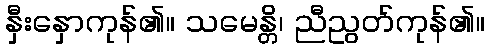
နှီးနှောကုန်၏။ သမေန္တိ၊ ညီညွတ်ကုန်၏။